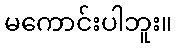
မကောင်းပါဘူး။